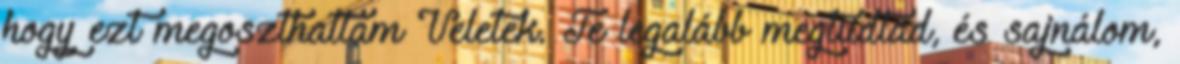
hogy ezt megoszthattam Veletek. Te legalább megtudtad, és sajnálom,